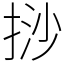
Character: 挱